system: You are a helpful assistant.
user:
Analyze the provided spectrum to determine if it is a **M-type Giant (gM)**.

A M-type Giant spectrum is defined by its **strong molecular absorption** features, particularly from **Titanium Oxide (TiO)**. You must check for one of the following mutually exclusive signatures:

- **Key Visual Indicators (Absorption-Dominated Spectrum):**

    - **(Primary):** The spectrum is dominated by strong molecular absorption from **Titanium Oxide (TiO)**. This is the **defining feature** of its M-type temperature class.
        - **(Key Bandheads):** Look for sharp, "saw-tooth" absorption valleys. The strongest are located near **~7050 Å**, **~6160 Å**, and **~5170 Å**.
        - **(Line Profile):** The "saw-tooth" morphology is critical: a **sharp, steep drop on the BLUE (short-wavelength) side** of the bandhead, followed by a gradual recovery (rising flux) towards the RED (long-wavelength) side.

    - **(Key Confirmation - Giant vs. Dwarf):** **ABSENCE** of strong **Calcium Hydride (CaH)** molecular bands. This is the primary diagnostic for *excluding* M-dwarfs.
        - **(Key Region):** The spectrum should lack the strong, broad absorption band seen in dwarfs between **~6800 Å and ~7000 Å**.

    - **(Secondary Confirmation - Giant):** A very strong and broad **Neutral Calcium (Ca I)** atomic absorption line.
        - **(Key Line):** Located at **~4226 Å**. In a giant (gM), this line is significantly deeper and broader than the same line in an M-dwarf (dM) due to low surface gravity.

    - **(Overall Spectrum):**
        - The continuum is **extremely red-sloping** (i.e., flux is very low in the blue and rises dramatically towards the red).
        - The entire spectrum appears "chopped up" by the deep TiO bands.

Think first, call **spectral_visualization_tool** if needed to examine features in detail, then provide your final answer. Your response must adhere to the following strict rules:
1.  **Overall Structure:** Your response must follow the format `<think>...</think> <tool_call>...</tool_call> (if a tool is used) <answer>...</answer>`.
2.  **Tool Usage Constraint:** You may only make **one** tool call per turn.
3.  **Final Answer Format:** In the `<answer>` tag, your conclusion must be inside a `\boxed{}` command (e.g., `\boxed{YES}` or `\boxed{NO}`), followed by your justification.

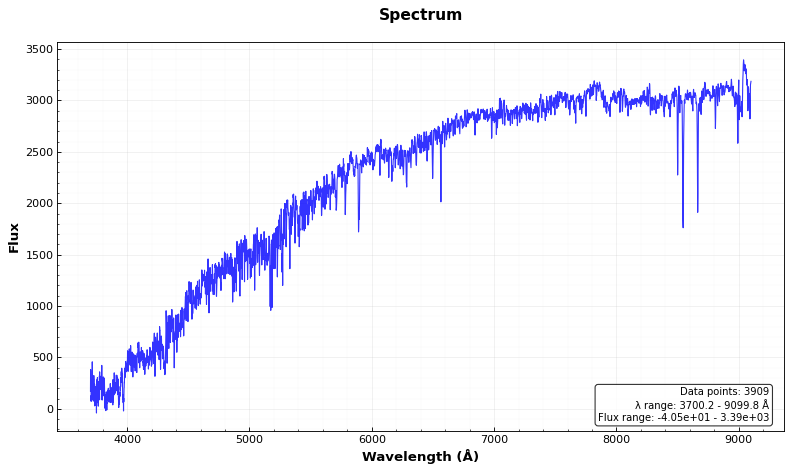
Answer: NO